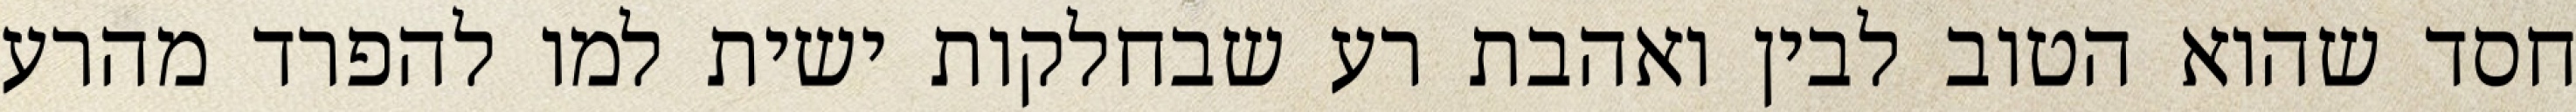
חסד שהוא הטוב לבין ואהבת רע שבחלקות ישית למו להפרד מהרע